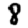
Digit: 8